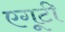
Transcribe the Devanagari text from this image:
एगूटी